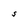
Character: S